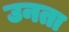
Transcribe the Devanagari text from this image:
उनता